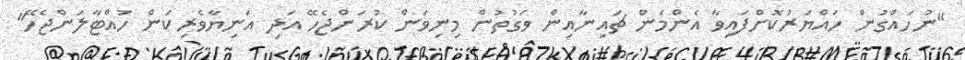
"ނުހައްގުން ހައްޔަރުކޮށްފައިވާ އެންމެން ޗައިނާއިން ވަގުތުން މިނިވަން ކުރަންޖެހޭ އަދި އަނިޔާވެރިކަން ހުއްޓާލަންޖެހޭ"